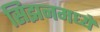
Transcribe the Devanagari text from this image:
सिझनमध्ये